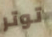
توتر